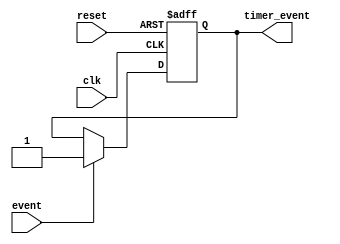
module event_timer (
    input wire clk,
    input wire reset,
    input wire event,
    output reg timer_event
);

reg [31:0] counter;

always @(posedge clk or posedge reset) begin
    if (reset) begin
        counter <= 0;
        timer_event <= 0;
    end else begin
        counter <= counter + 1;
        if (event) begin
            counter <= 0;
            timer_event <= 1;
        end
    end
end

endmodule